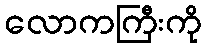
လောကကြီးကို